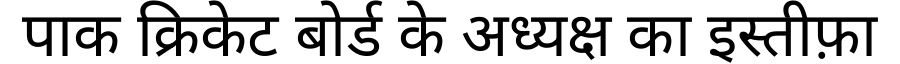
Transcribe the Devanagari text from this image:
पाक क्रिकेट बोर्ड के अध्यक्ष का इस्तीफ़ा